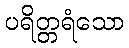
ပရိတ္တရံသော